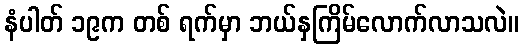
နံပါတ် ၁၉က တစ် ရက်မှာ ဘယ်နှကြိမ်လောက်လာသလဲ။